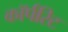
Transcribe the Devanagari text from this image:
कॉर्परिट